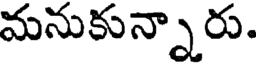
మనుకున్నారు.